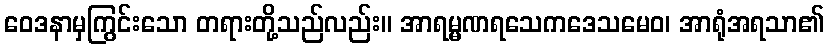
ဝေဒနာမှကြွင်းသော တရားတို့သည်လည်း။ အာရမ္မဏရသေကဒေသမေဝ၊ အာရုံအရသာ၏